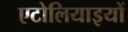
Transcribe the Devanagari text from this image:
एटोलियाइयों